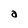
Character: a